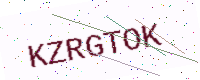
Text: KZRGTOK